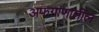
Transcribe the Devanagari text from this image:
अफगाणातील